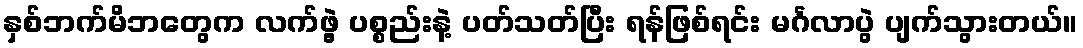
နှစ်ဘက်မိဘတွေက လက်ဖွဲ့ ပစ္စည်းနဲ့ ပတ်သတ်ပြီး ရန်ဖြစ်ရင်း မင်္ဂလာပွဲ ပျက်သွားတယ်။